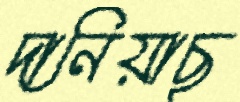
দানিয়াছ